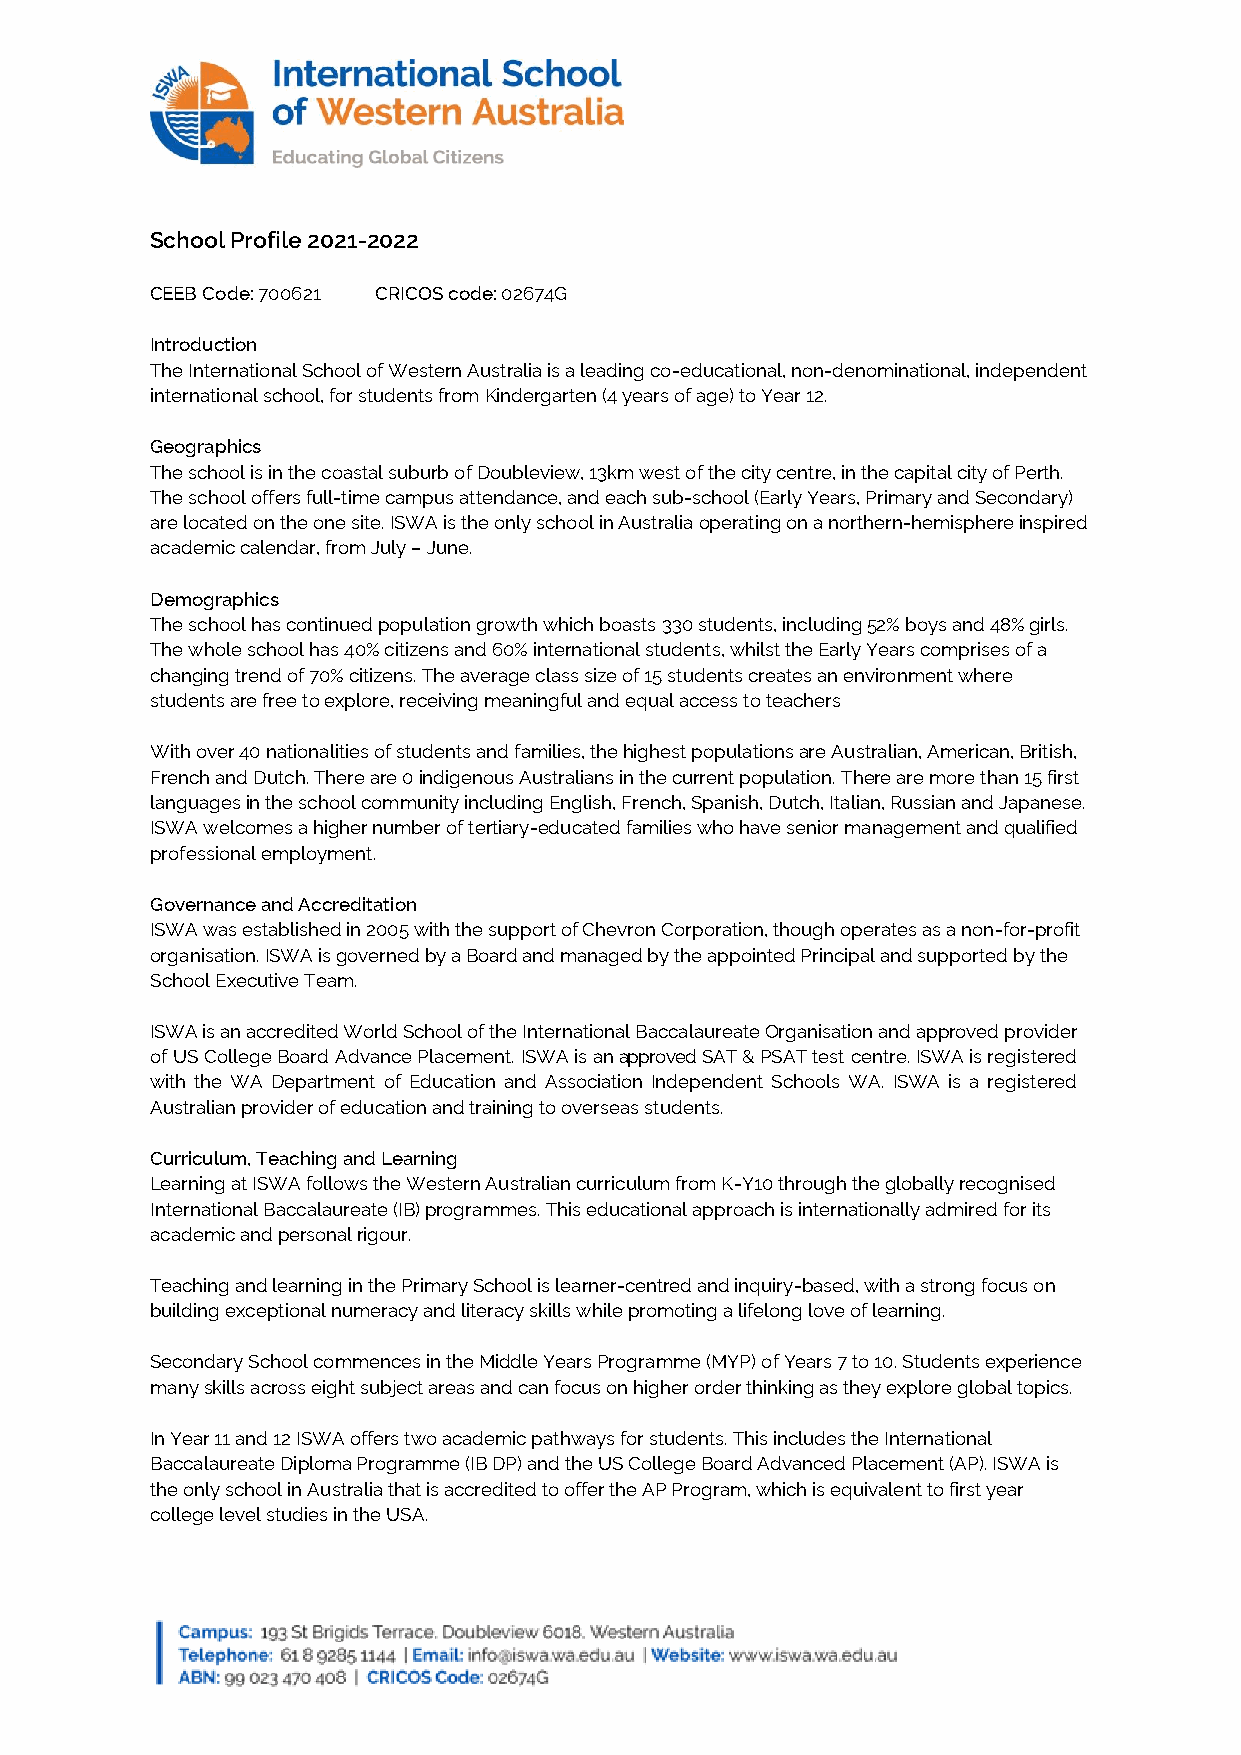
School Profile 2021-2022
 CEEB Code: 700621 CRICOS code: 02674G
 Introduction
 The International School of Western Australia is a leading co-educational, non-denominational, independent
 international school, for students from Kindergarten (4 years of age) to Year 12.
 Geographics
 The school is in the coastal suburb of Doubleview, 13km west of the city centre, in the capital city of Perth.
 The school offers full-time campus attendance, and each sub-school (Early Years, Primary and Secondary)
 are located on the one site. ISWA is the only school in Australia operating on a northern-hemisphere inspired
 academic calendar, from July – June.
 Demographics
 The school has continued population growth which boasts 330 students, including 52% boys and 48% girls.
 The whole school has 40% citizens and 60% international students, whilst the Early Years comprises of a
 changing trend of 70% citizens. The average class size of 15 students creates an environment where
 students are free to explore, receiving meaningful and equal access to teachers
 With over 40 nationalities of students and families, the highest populations are Australian, American, British,
 French and Dutch. There are 0 indigenous Australians in the current population. There are more than 15 first
 languages in the school community including English, French, Spanish, Dutch, Italian, Russian and Japanese.
 ISWA welcomes a higher number of tertiary-educated families who have senior management and qualified
 professional employment.
 Governance and Accreditation
 ISWA was established in 2005 with the support of Chevron Corporation, though operates as a non-for-profit
 organisation. ISWA is governed by a Board and managed by the appointed Principal and supported by the
 School Executive Team.
 ISWA is an accredited World School of the International Baccalaureate Organisation and approved provider
 of US College Board Advance Placement. ISWA is an approved SAT & PSAT test centre. ISWA is registered
 with the WA Department of Education and Association Independent Schools WA. ISWA is a registered
 Australian provider of education and training to overseas students.
 Curriculum, Teaching and Learning
 Learning at ISWA follows the Western Australian curriculum from K-Y10 through the globally recognised
 International Baccalaureate (IB) programmes. This educational approach is internationally admired for its
 academic and personal rigour.
 Teaching and learning in the Primary School is learner-centred and inquiry-based, with a strong focus on
 building exceptional numeracy and literacy skills while promoting a lifelong love of learning.
 Secondary School commences in the Middle Years Programme (MYP) of Years 7 to 10. Students experience
 many skills across eight subject areas and can focus on higher order thinking as they explore global topics.
 In Year 11 and 12 ISWA offers two academic pathways for students. This includes the International
 Baccalaureate Diploma Programme (IB DP) and the US College Board Advanced Placement (AP). ISWA is
 the only school in Australia that is accredited to offer the AP Program, which is equivalent to first year
 college level studies in the USA.